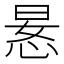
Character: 𫺍